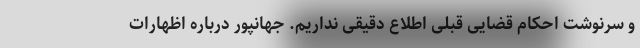
و سرنوشت احکام قضایی قبلی اطلاع دقیقی نداریم. جهانپور درباره اظهارات